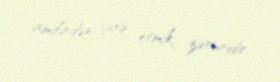
amilindən çıxş etmık zəruridir.